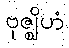
ဗုဇ္ဈိဟံ